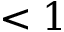
< 1